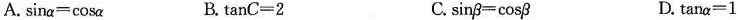
A.$$\sin α = \cos α$$ B.$$\tan C = 2$$ C.$$\sin β = c o s β$$ D.\tan α = 1$$